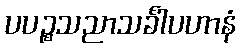
ပပဉ္စသညာသင်္ခါပဟာနံ